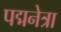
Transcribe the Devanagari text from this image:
पद्मनेत्रा